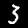
Digit: 3